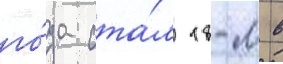
го́да ста́л 18-м в